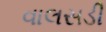
વાલસડી